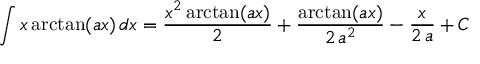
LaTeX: \int x \arctan ( a x ) \, d x = { \frac { x ^ { 2 } \arctan ( a x ) } { 2 } } + { \frac { \arctan ( a x ) } { 2 \, a ^ { 2 } } } - { \frac { x } { 2 \, a } } + C